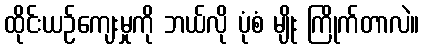
ထိုင်းယဉ်ကျေးမှုကို ဘယ်လို ပုံစံ မျိုး ကြိုက်တာလဲ။